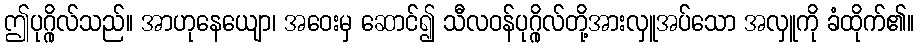
ဤပုဂ္ဂိုလ်သည်။ အာဟုနေယျော၊ အဝေးမှ ဆောင်၍ သီလဝန်ပုဂ္ဂိုလ်တို့အားလှူအပ်သော အလှူကို ခံထိုက်၏။